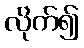
လိုက်၍